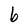
Character: b